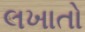
લખાતો